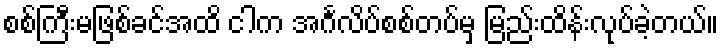
စစ်ကြီးမဖြစ်ခင်အထိ ငါက အင်္ဂလိပ်စစ်တပ်မှ မြည်းထိန်းလုပ်ခဲ့တယ်။